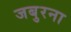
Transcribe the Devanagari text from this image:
जबुरना